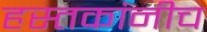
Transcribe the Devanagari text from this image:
हस्तकांनीच